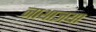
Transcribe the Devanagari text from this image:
नाथाज्ञया